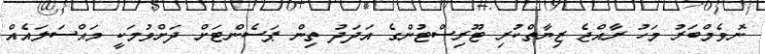
ނޮވެމްބަރު މަހު ރާއްޖެ ޒިޔާތްކުރި ޓޫރިސްޓުންގެ އަދަދު ތިން ޕަސެންޓަށް ދަށްވުމަކީ މައްސަލައެއް